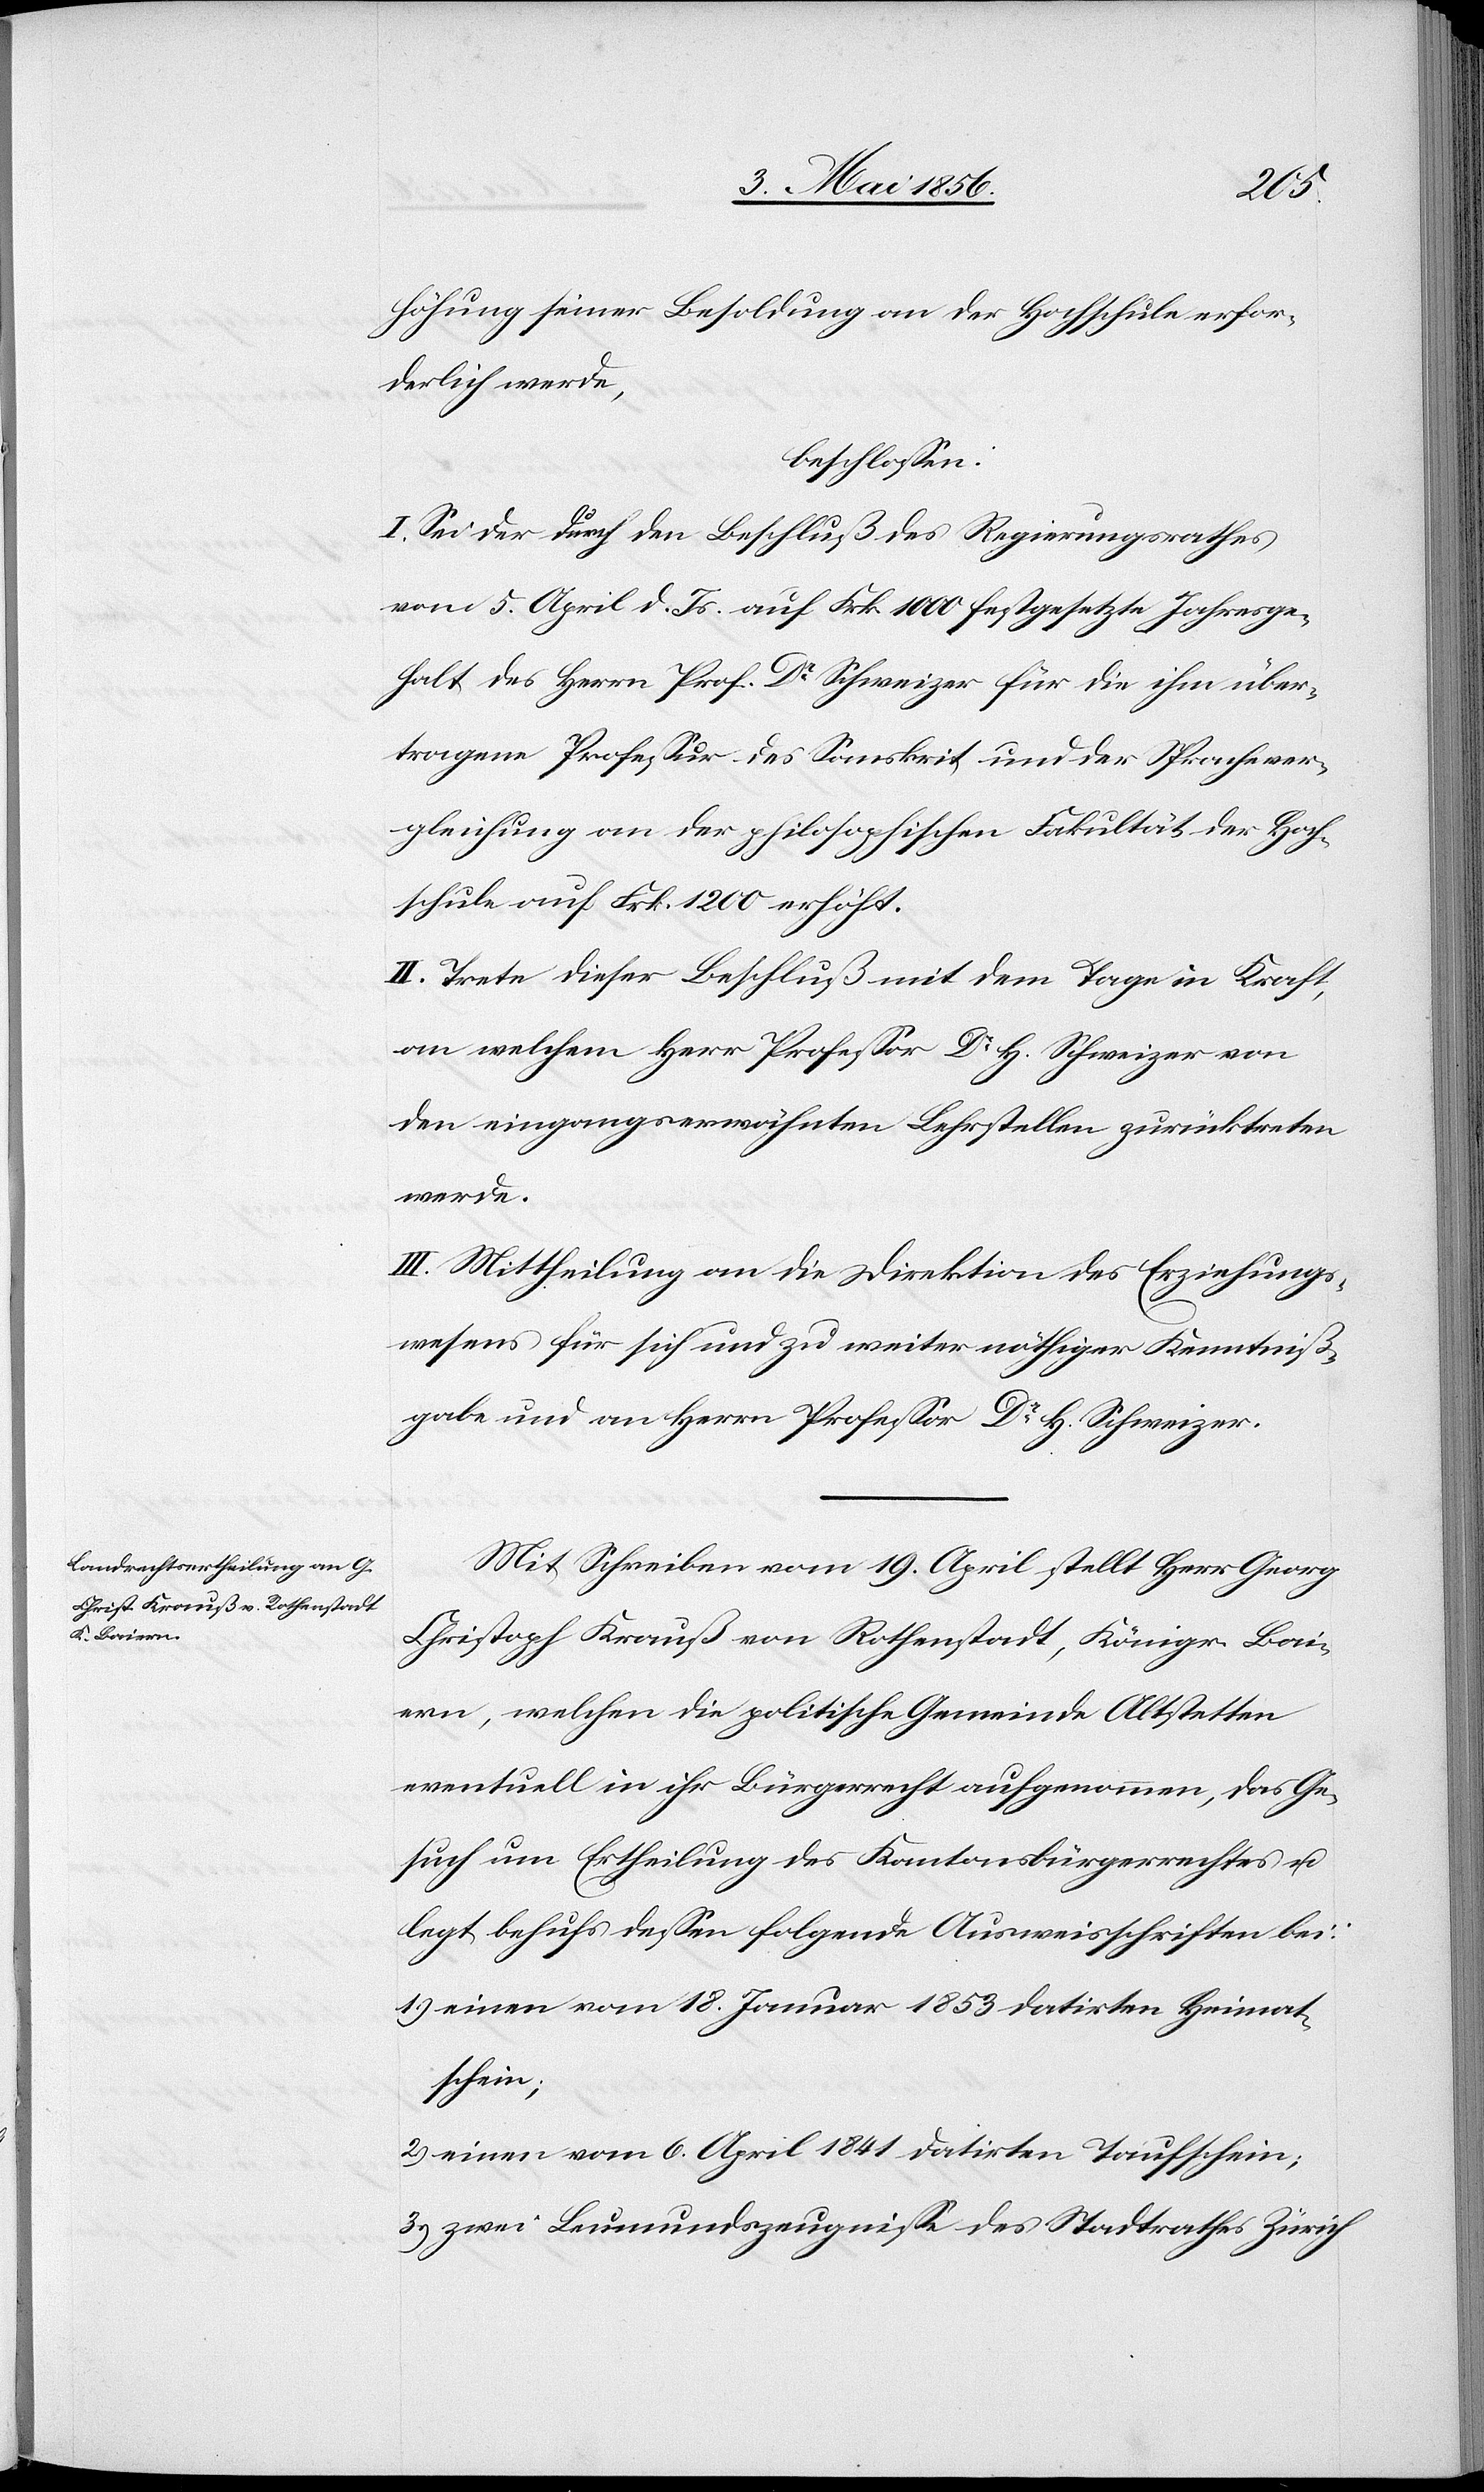
höhung seiner Besoldung an der Hochschule erfor¬
derlich werde,
beschlossen:
I. Sei der durch den Beschluß des Regierungsrathes
vom 5. April d. Js. auf Frk. 1000 festgesetzte Jahresge¬
halt des Herrn Prof. Dr Schweizer für die ihm über¬
tragene Professur des Sanskrit und der Sprachever¬
gleichung an der philosophischen Fakultät der Hoch¬
schule auf Frk. 1200 erhöht.
II. Trete dieser Beschluß mit dem Tage in Kraft,
an welchem Herr Professor Dr H. Schweizer von
den eingangserwähnten Lehrstellen zurücktreten
werde.
III. Mittheilung an die Direktion des Erziehungs¬
wesens für sich und zu weiter nöthiger Kenntniß¬
gabe und an Herrn Professor Dr H. Schweizer.
Mit Schreiben vom 19. April stellt Herr Georg
Christoph Krauß von Rothenstadt, Königr. Bai¬
ern, welchen die politische Gemeinde Altstetten
eventuell in ihr Bürgerrecht aufgenommen, das Ge¬
such um Ertheilung des Kantonsbürgerrechtes u.
legt behufs dessen folgende Ausweisschriften bei:
1.) einen vom 18. Januar 1853 datirten Heimat¬
schein;
2.) einen vom 6. April 1841 datirten Taufschein;
3.) zwei Leumundszeugnisse des Stadtrathes Zürich